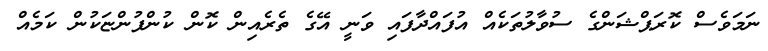
ނަމަވެސް ކޮރަޕްޝަންގެ ސުވާލުތަކެއް އުފައްދާފައި ވަނީ އޭގެ ތެރެއިން ކޮން ކުންފުންޏަކުން ކަމެއް